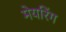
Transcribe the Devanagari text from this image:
मेयरिंग